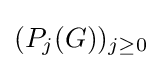
(P_{j}(G))_{j\geq 0}